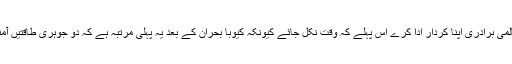
عمران خان کا کہنا تھا کہ عالمی برادری اپنا کردار ادا کرے اس پہلے کہ وقت نکل جائے کیونکہ کیوبا بحران کے بعد یہ پہلی مرتبہ ہے کہ دو جوہری طاقتیں آمنے سامنے ہونے جارہی ہیں۔